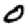
Digit: 0